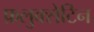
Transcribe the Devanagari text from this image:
फ़्लुक्सेटिन